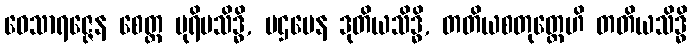
ဝေသာရဇ္ဇေန စေတ္ထ ပုရိမသိဒ္ဓိ, ပဌမေန ဒုတိယသိဒ္ဓိ, တတိယစတုတ္ထေဟိ တတိယသိဒ္ဓိ